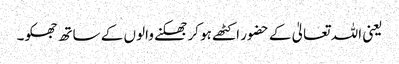
یعنی اللہ تعالیٰ کے حضور اکٹھے ہو کر جھکنے والوں کے ساتھ جھکو۔